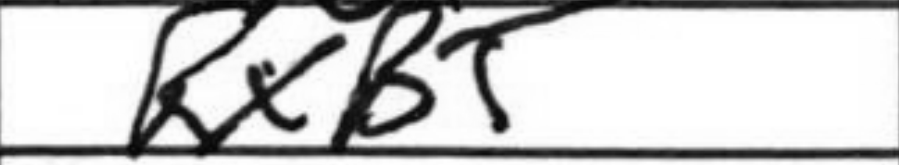
Transcription: Rxb5